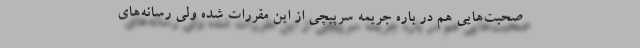
صحبت‌هایی هم در باره جریمه سرپیچی از این مقررات شده ولی رسانه‌های